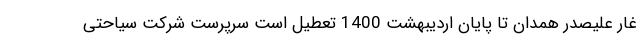
غار علیصدر همدان تا پایان اردیبهشت 1400 تعطیل است سرپرست شرکت سیاحتی